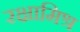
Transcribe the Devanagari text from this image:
रक्षामिश्र